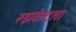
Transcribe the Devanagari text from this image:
रूझवेल्टला